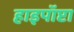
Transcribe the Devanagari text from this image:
हाइपॉप्टा